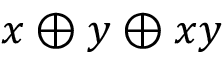
x \oplus y \oplus x y